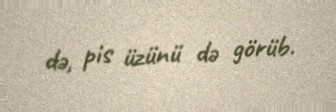
də, pis üzünü də görüb.